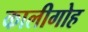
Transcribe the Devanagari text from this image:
कालीगोह